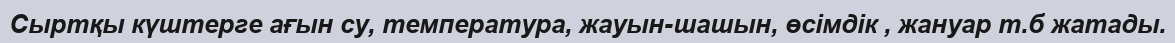
Сыртқы күштерге ағын су, температура, жауын-шашын, өсімдік , жануар т.б жатады.